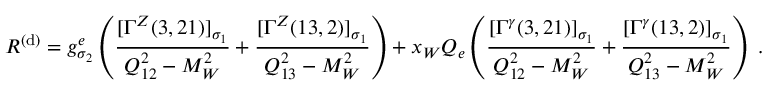
{ \cal R } ^ { ( \mathrm { d } ) } = g _ { \sigma _ { 2 } } ^ { e } \left( \frac { [ \Gamma ^ { Z } ( 3 , 2 1 ) ] _ { \sigma _ { 1 } } } { Q _ { 1 2 } ^ { 2 } - M _ { W } ^ { 2 } } + \frac { [ \Gamma ^ { Z } ( 1 3 , 2 ) ] _ { \sigma _ { 1 } } } { Q _ { 1 3 } ^ { 2 } - M _ { W } ^ { 2 } } \right) + x _ { W } Q _ { e } \left( \frac { [ \Gamma ^ { \gamma } ( 3 , 2 1 ) ] _ { \sigma _ { 1 } } } { Q _ { 1 2 } ^ { 2 } - M _ { W } ^ { 2 } } + \frac { [ \Gamma ^ { \gamma } ( 1 3 , 2 ) ] _ { \sigma _ { 1 } } } { Q _ { 1 3 } ^ { 2 } - M _ { W } ^ { 2 } } \right) \; .